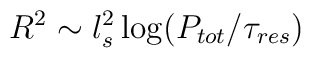
R^2 \sim l_s^2 \log ( P_{tot}/\tau_{res} )